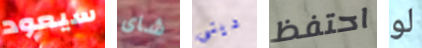
سيعود شاى دينى احتفظ لو